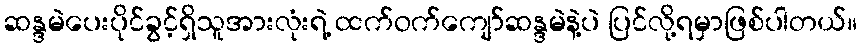
ဆန္ဒမဲပေးပိုင်ခွင့်ရှိသူအားလုံးရဲ့ ထက်ဝက်ကျော်ဆန္ဒမဲနဲ့ပဲ ပြင်လို့ရမှာဖြစ်ပါတယ်။